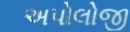
અપોલોજી